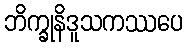
ဘိက္ခုနိဒူသကဿပေ